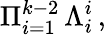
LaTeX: \Pi_{i=1}^{k-2}\, \Lambda_{i}^{i}\, ,